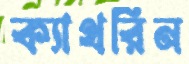
ক্যাথরিন